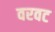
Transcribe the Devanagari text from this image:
वरवट